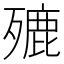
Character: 𣩏